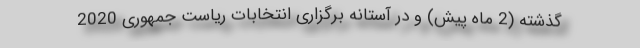
گذشته (2 ماه پیش) و در آستانه برگزاری انتخابات ریاست جمهوری 2020